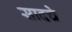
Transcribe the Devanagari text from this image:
सादचे